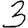
Digit: 3